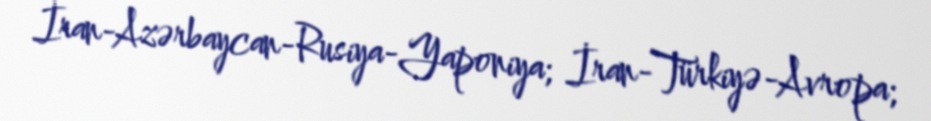
İran-Azərbaycan-Rusiya-Yaponiya; İran-Türkiyə-Avropa;